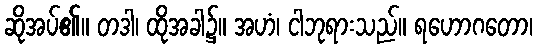
ဆိုအပ်၏။ တဒါ၊ ထိုအခါ၌။ အဟံ၊ ငါဘုရားသည်။ ရဟောဂတော၊